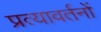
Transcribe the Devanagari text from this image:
प्रत्यावर्तनों